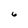
Character: 6